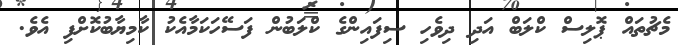
މެޗުތައް ޕޮލިސް ކްލަބް އަދި ދިވެހި ސިފައިންގެ ކްލަބުން ފަސޭހަކަމާއެކު ކާމިޔާބުކޮށްފި އެވެ.